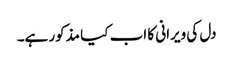
دل کی ویرانی کا اب کیا مذکور ہے۔